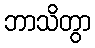
ဘာသိတွာ